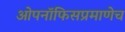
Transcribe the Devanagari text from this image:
ओपनॉफिसप्रमाणेच